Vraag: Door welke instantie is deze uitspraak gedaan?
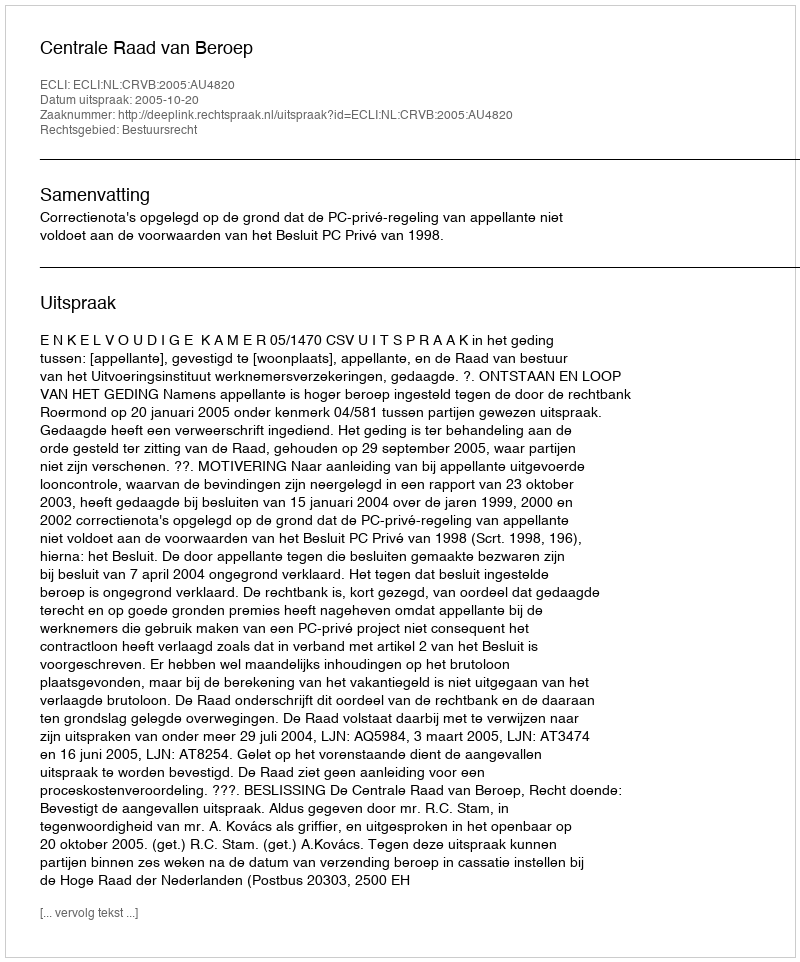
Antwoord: Centrale Raad van Beroep